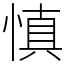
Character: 慎